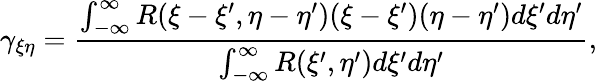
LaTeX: \gamma_{\xi\eta}=\frac{\int_{-\infty}^{\infty}R(\xi-\xi^{\prime},\eta-\eta^{\prime})(\xi-\xi^{\prime})(\eta-\eta^{\prime})d\xi^{\prime}d\eta^{\prime}}{\int_{-\infty}^{\infty}R(\xi^{\prime},\eta^{\prime})d\xi^{\prime}d\eta^{\prime}},